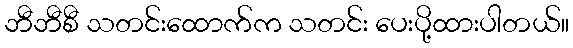
ဘီဘီစီ သတင်းထောက်က သတင်း ပေးပို့ထားပါတယ်။